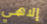
إلاهي